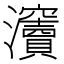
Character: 𤅋